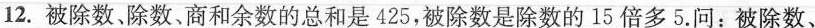
12.被除数、除数、商和余数的总和是425，被除数是除数的15倍多5.问：被除数、